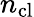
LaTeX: n_{\mathrm{cl}}